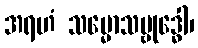
အရဟံ သမ္မောသမ္ဗုဒ္ဓေါ၊